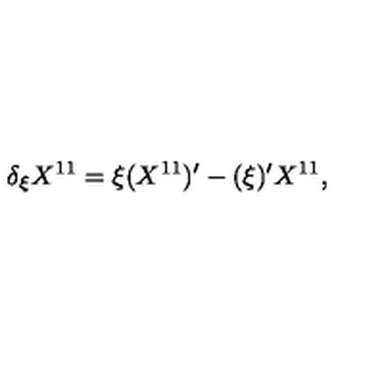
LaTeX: \delta _ { \xi } X ^ { 1 1 } = \xi ( X ^ { 1 1 } ) ^ { \prime } - ( \xi ) ^ { \prime } X ^ { 1 1 } ,